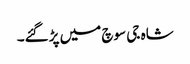
شاہ جی سوچ میں پڑگئے۔